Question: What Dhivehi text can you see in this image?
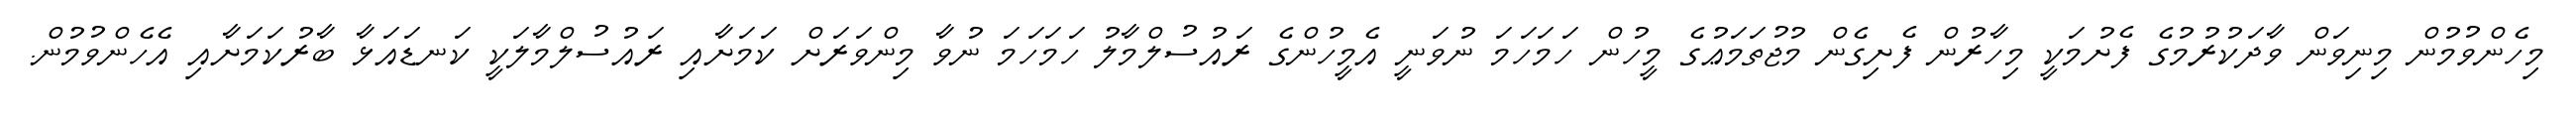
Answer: މިހެންވުމުން މިނިވަން ވާދަކުރުމުގެ ފެށުމަކީ މިހާރުން ފެށިގެން މުޖުތަމަޢުގެ މީހުން ހަމަހަމަ ނުވަނީ އެމީހުންގެ ރައުސުލްމާލު ހަމަހަމަ ނުވާ މިންވަރަށް ކަމަށާއި ރައުސުލްމާލަކީ ކަނޑައަޅާ ބާރުކަމަށާއި އެހެންވުމުން.